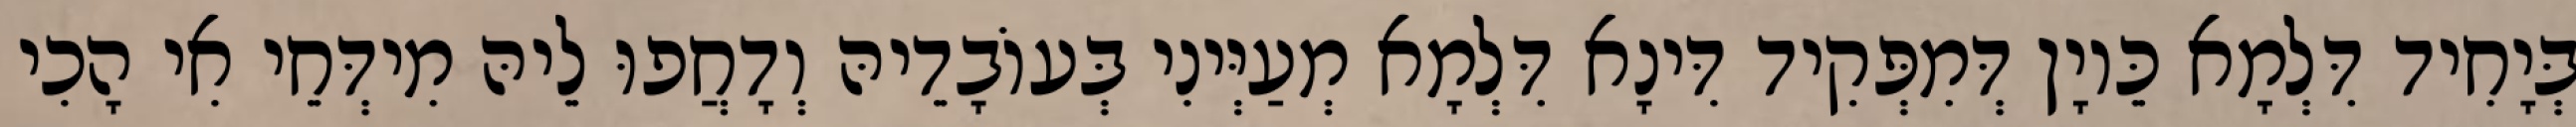
בְּיָחִיד דִּלְמָא כֵּיוָן דְּמִפְּקִיד דִּינָא דִּלְמָא מְעַיְּינִי בְּעוֹבָדֵיהּ וְדָחֲפוּ לֵיהּ מִידְּחֵי אִי הָכִי